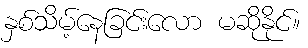
နှစ်သိမ့်နေခြင်းလော မဆိုနိုင်။